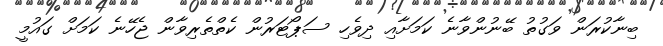
ބިނާކުރަން ވަގުތު ބޭނުންވާނެ ކަމަށާއި ދިވެހި ސަޕޯޓަރުން ކެތްތެރިވާން ޖެހޭނެ ކަމަށް ގައުމީ